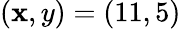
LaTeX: (\mathbf{x},y)=(11,5)